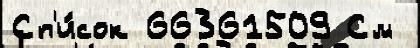
Сп'и́сок 66361509 См